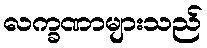
လက္ခဏာများသည်